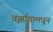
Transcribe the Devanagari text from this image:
वर्झावामधून